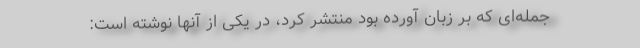
جمله‌ای که بر زبان آورده بود منتشر کرد، در یکی از آنها نوشته است: